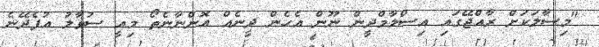
"މިސާލަކަށް ރާއްޖޭގައި އިސްލާމްދީން ނޫން އެހެން ދީނެއް އޮންނާނެތޯ މިއީ ސުވާލު އުފެދޭނެ